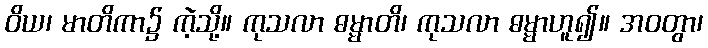
ဝိယ၊ မာတိကာ၌ ကဲ့သို့။ ကုသလာ ဓမ္မာတိ၊ ကုသလာ ဓမ္မာဟူ၍။ အဝတွာ၊